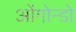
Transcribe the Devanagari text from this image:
ओंगोन्डो